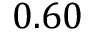
0 . 6 0